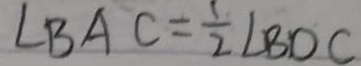
\angle B A C = \frac { 1 } { 2 } \angle B D C